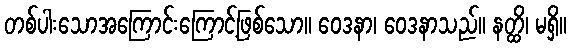
တစ်ပါးသောအကြောင်းကြောင့်ဖြစ်သော။ ဝေဒနာ၊ ဝေဒနာသည်။ နတ္ထိ၊ မရှိ။